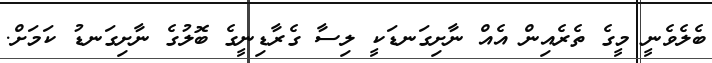
ބެލެވެނީ މީގެ ތެރެއިން އެއް ނާށިގަނޑަކީ ލިސާ ގެރާޑިނީގެ ބޮލުގެ ނާށިގަނޑު ކަމަށް.